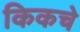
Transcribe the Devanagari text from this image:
किकचे